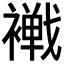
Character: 𧝧